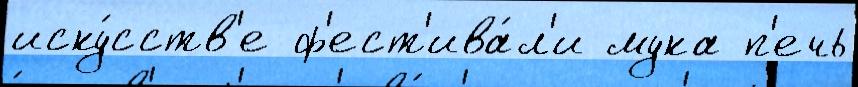
иску́сств'е ф'ест'ива́л'и мука п'ечь